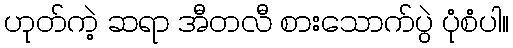
ဟုတ်ကဲ့ ဆရာ အီတလီ စားသောက်ပွဲ ပုံစံပါ။